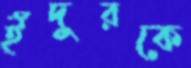
ইঁদুরকে